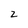
Character: 2